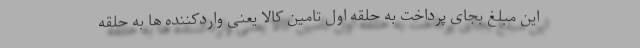
این مبلغ بجای پرداخت به حلقه اول تامین کالا یعنی واردکننده ها به حلقه